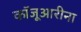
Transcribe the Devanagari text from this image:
कॉजूआरीना